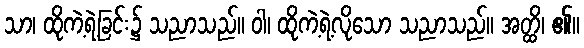
သာ၊ ထိုကဲ့ရဲ့ခြင်း၌ သညာသည်။ ဝါ၊ ထိုကဲ့ရဲ့လိုသော သညာသည်။ အတ္ထိ၊ ၏။